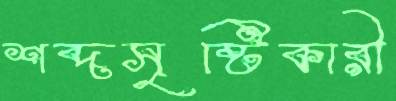
শব্দসৃষ্টিকারী